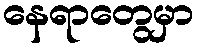
နေရာတွေမှာ